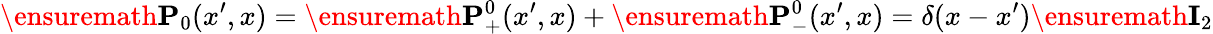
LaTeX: \ensuremath{\mathbf{P}}_{0}(x^{\prime},x)=\ensuremath{\mathbf{P}}_{+}^{0}(x^{\prime},x)+\ensuremath{\mathbf{P}}_{-}^{0}(x^{\prime},x)=\delta(x-x^{\prime})\ensuremath{\mathbf{I}}_{2}